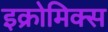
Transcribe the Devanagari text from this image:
इक्रोमिक्स